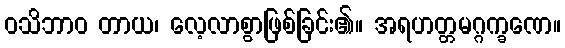
ဝသိဘာဝ တာယ၊ လေ့လာစွာဖြစ်ခြင်း၏။ အရဟတ္တမဂ္ဂက္ခဏေ။